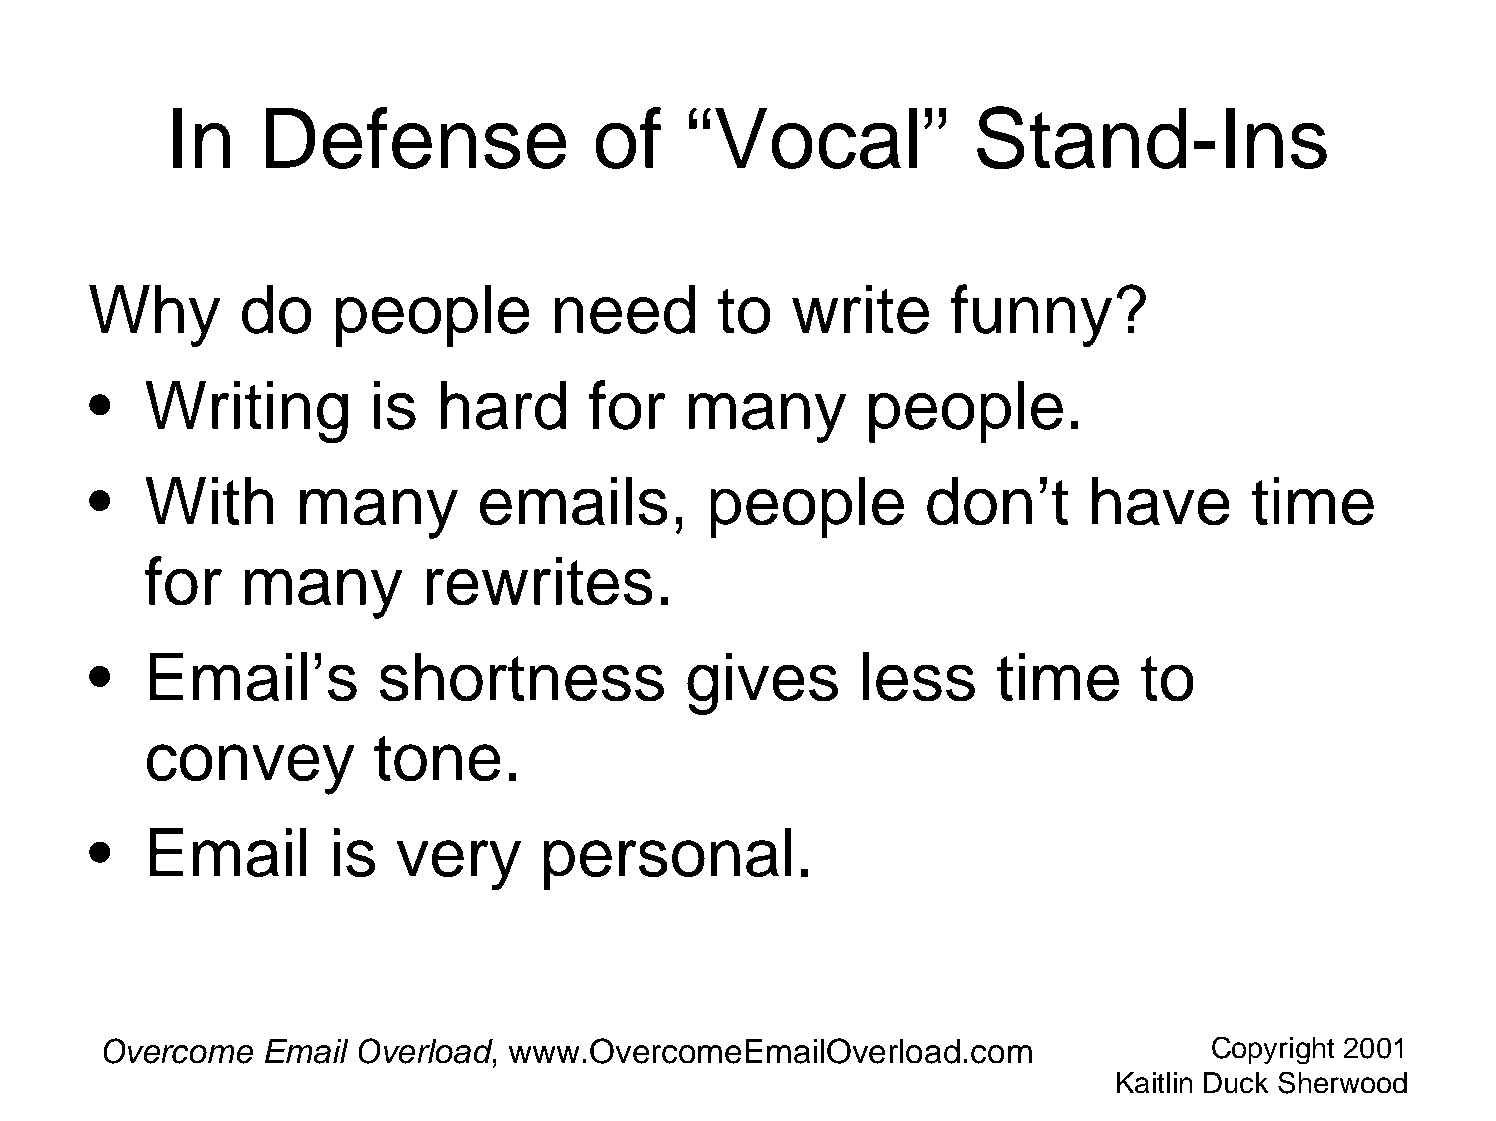
In    Defense               of    “Vocal”             Stand-Ins
 Why       do    people         need       to  write      funny?
 •   Writing        is  hard      for   many        people.
 •   With      many        emails,        people        don’t      have       time
 for   many        rewrites.
 •   Email’s        shortness           gives       less     time      to
 convey         tone.
 •   Email       is  very      personal.
 Overcome  Email  Overload, www.OvercomeEmailOverload.com                 Copyright 2001
 Kaitlin Duck Sherwood